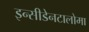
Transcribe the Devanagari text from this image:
इन्सीडेनटालोमा